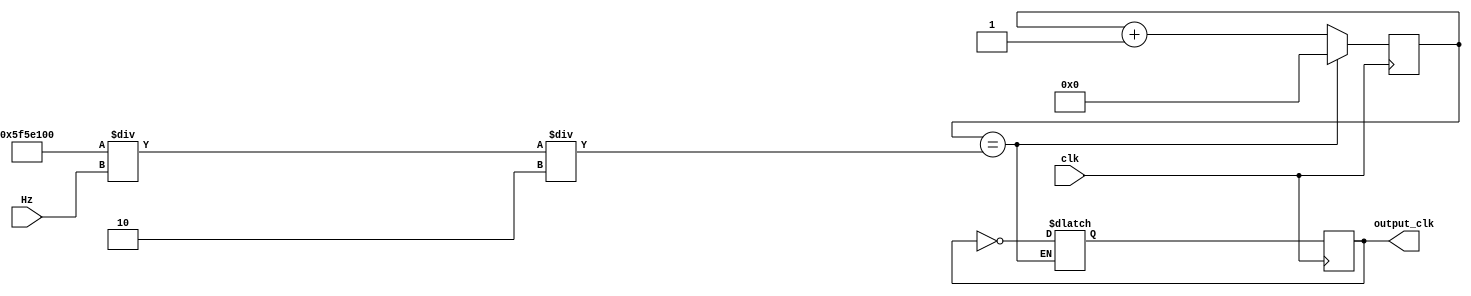
module clock (clk, Hz, output_clk);

input clk;
input [9:0] Hz;
output reg output_clk = 0;

reg[26:0] counter = 0;
reg[26:0] counter_d = 0;
//parameter max_counter = 100000000/Hz/2;

reg output_clk_d = 0;

always@ (posedge clk) begin
    counter <= counter_d;
    output_clk <= output_clk_d;
end

always@ (*) begin
    if(counter == 100000000/Hz/2) begin
        output_clk_d <= ~output_clk;
        counter_d <= 1'b0;
    end else begin
        counter_d <= counter+1;
    end
end
endmodule